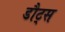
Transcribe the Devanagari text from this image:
डौट्स